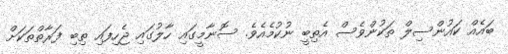
ބައެއް ކައުންސިލް ތަކުންވެސް އެތިބީ ނުކުމެއެވެ. ސޮނާމީގައި ހާލުގައި ޖެހިފައި ތިބި ފަރާތްތަކަށް